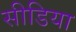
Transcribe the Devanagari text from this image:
सीडिया